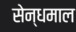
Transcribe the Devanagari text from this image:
सेन्धमाल